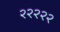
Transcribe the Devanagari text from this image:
२२२२२